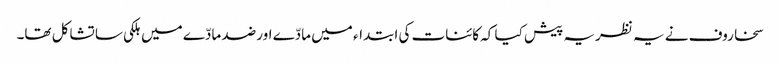
سخاروف نے یہ نظریہ پیش کیا کہ کائنات کی ابتداء میں مادّے اور ضد مادّے میں ہلکی سا تشاکل تھا۔